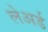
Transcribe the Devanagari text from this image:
लेअर्ड